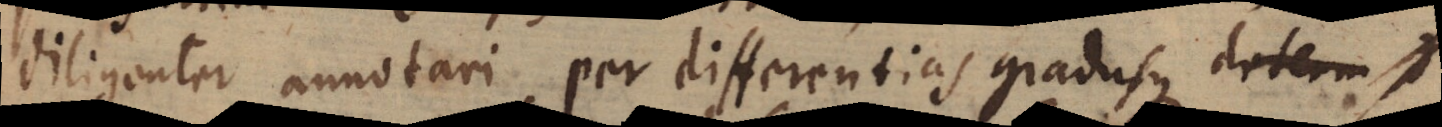
diligenter annotari, per differentias gradusque determ